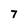
Character: 7